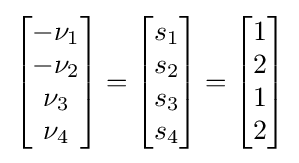
{\begin{bmatrix}-\nu _{1}\\-\nu _{2}\\\nu _{3}\\\nu _{4}\end{bmatrix}}={\begin{bmatrix}s_{1}\\s_{2}\\s_{3}\\s_{4}\end{bmatrix}}={\begin{bmatrix}1\\2\\1\\2\end{bmatrix}}